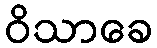
ဝိသာခေ